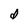
Character: d